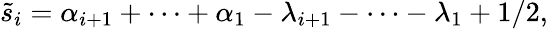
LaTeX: \tilde{s}_{i}=\alpha_{i+1}+\cdots+\alpha_{1}-\lambda_{i+1}-\cdots-\lambda_{1}+1/2,